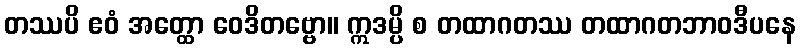
တဿပိ ဧဝံ အတ္ထော ဝေဒိတဗ္ဗော။ ဣဒမ္ပိ စ တထာဂတဿ တထာဂတဘာဝဒီပနေ